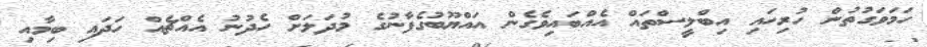
ހަމަވަގުތުން ހުރިހައި އިބްލީސްތައް އެއްބައިވެގެން އައްޔޫބުގެފާނުގެ މުދަލަށް ހެދުނު އެއްޗެއް ހަދައި ބިމާއި